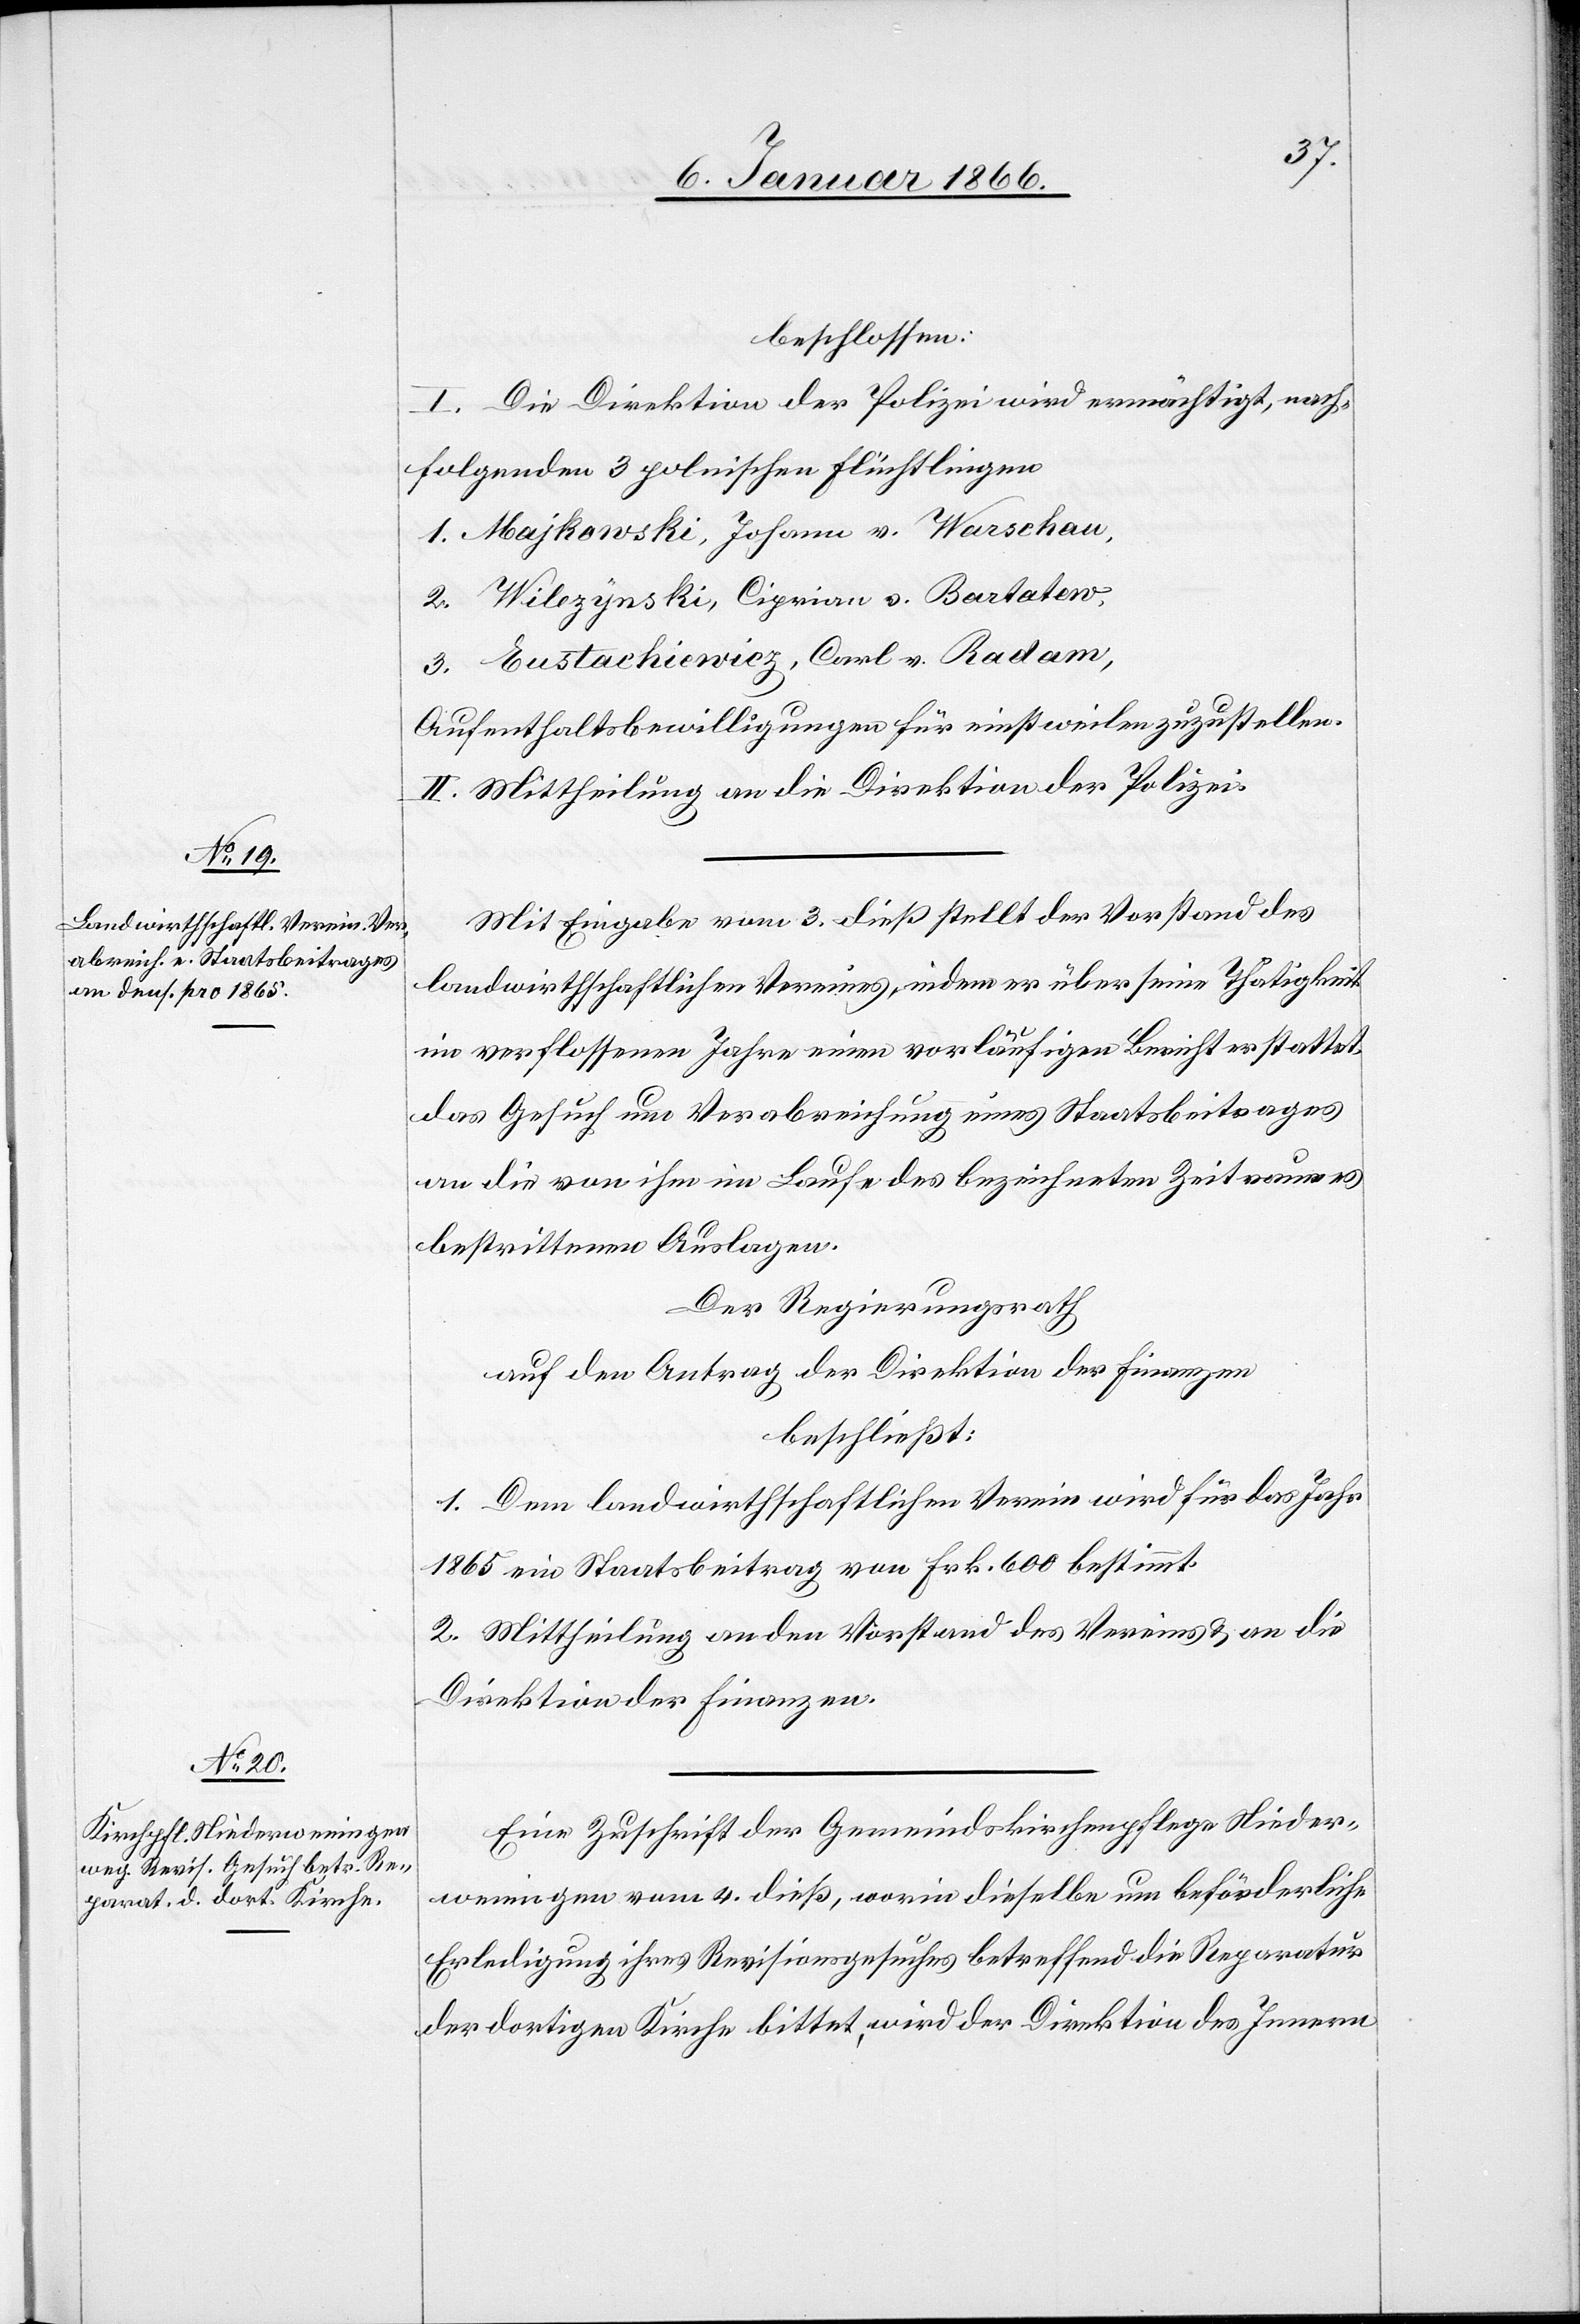
beschlossen:
I. Die Direktion der Polizei wird ermächtigt, nach¬
folgenden 3 polnischen Flüchtlingen
1. Majkowski, Johann v. Warschau,
2. Wilezynski, Ciprian v. Bartatew,
3. Eustachiewiez, Carl v. Radam,
Aufenthaltsbewilligungen für einstweilen zuzustellen.
II. Mittheilung an die Direktion der Polizei.
Mit Eingabe vom 3. dieß stellt der Vorstand des
landwirtschaftlichen Vereines, indem er über seine Thätigkeit
im verflossenen Jahre vorläufigen Bericht erstattet,
das Gesuch um Verabreichung eines Staatsbeitrages
an die von ihm im Laufe des bezeichneten Zeitraumes
bestrittenen Auslagen.
Der Regierungsrath
auf den Antrag der Direktion der Finanzen
beschließt:
1. Dem landwirtschaftlichen Vereine wird für das Jahr
1865 ein Staatsbeitrag von Frk. 600 bestimmt.
2. Mittheilung an den Vorstand des Vereines u. an die
Direktion der Finanzen.
Eine Zuschrift der Gemeindskirchenpflege Nieder¬
weningen vom 4. dieß, worin dieselbe um beförderliche
Erledigung ihres Revisionsgesuches betreffend die Reparatur
der dortigen Kirche bittet, wird der Direktion des Innern